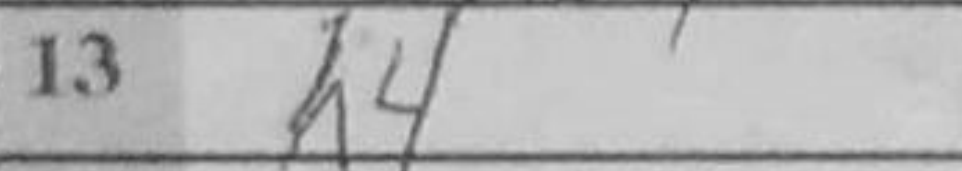
Transcription: h4